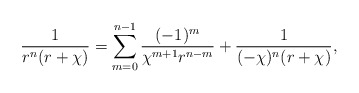
\begin{align*}\frac{1}{r^n (r+\chi)} = \sum_{m=0}^{n-1} \frac{(-1)^m }{ \chi^{m+1} r^{n-m}} + \frac{1}{(-\chi)^n (r+ \chi)},\end{align*}